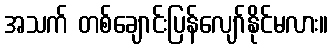
အသက် တစ်ချောင်းပြန်လျော်နိုင်မလား။